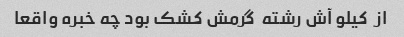
از  کیلو آش رشته  گرمش کشک بود چه خبره واقعا